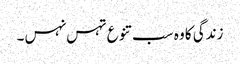
زندگی کا وہ سب تنوع تہس نہس۔